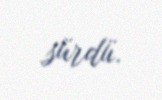
sürdü.